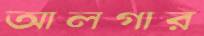
আলগার